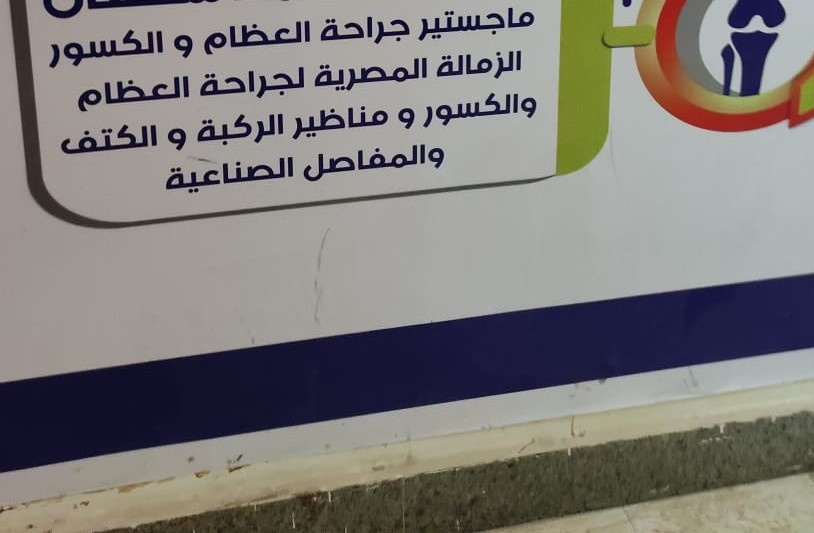
Text in image: ماجستير جراحة العظام والكسور الزمالة المصرية لجراحة العظام والكسور و مناظير الركبة و الكتف والمفاصل الصناعية